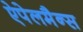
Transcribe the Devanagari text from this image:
ऐपेलमैन्स